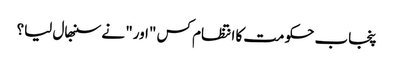
پنجاب حکومت کا انتظام کس "اور" نے سنبھال لیا؟